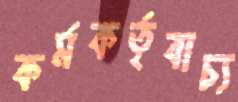
কর্মকর্তৃবাচ্য